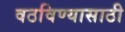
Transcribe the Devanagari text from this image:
वठविण्यासाठी